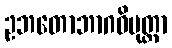
ဥဘတောဘာဂဝိမုတ္တာ